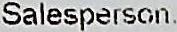
SALESPERSON: